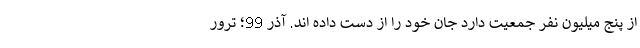
از پنج میلیون نفر جمعیت دارد جان خود را از دست داده اند. آذر 99؛ ترور